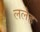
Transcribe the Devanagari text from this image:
ललेह